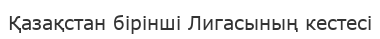
Қазақстан бірінші Лигасының кестесі